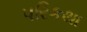
પરિકથા